Vaike-Kopu_(Puiatu)_vallavalitsus, lk 24
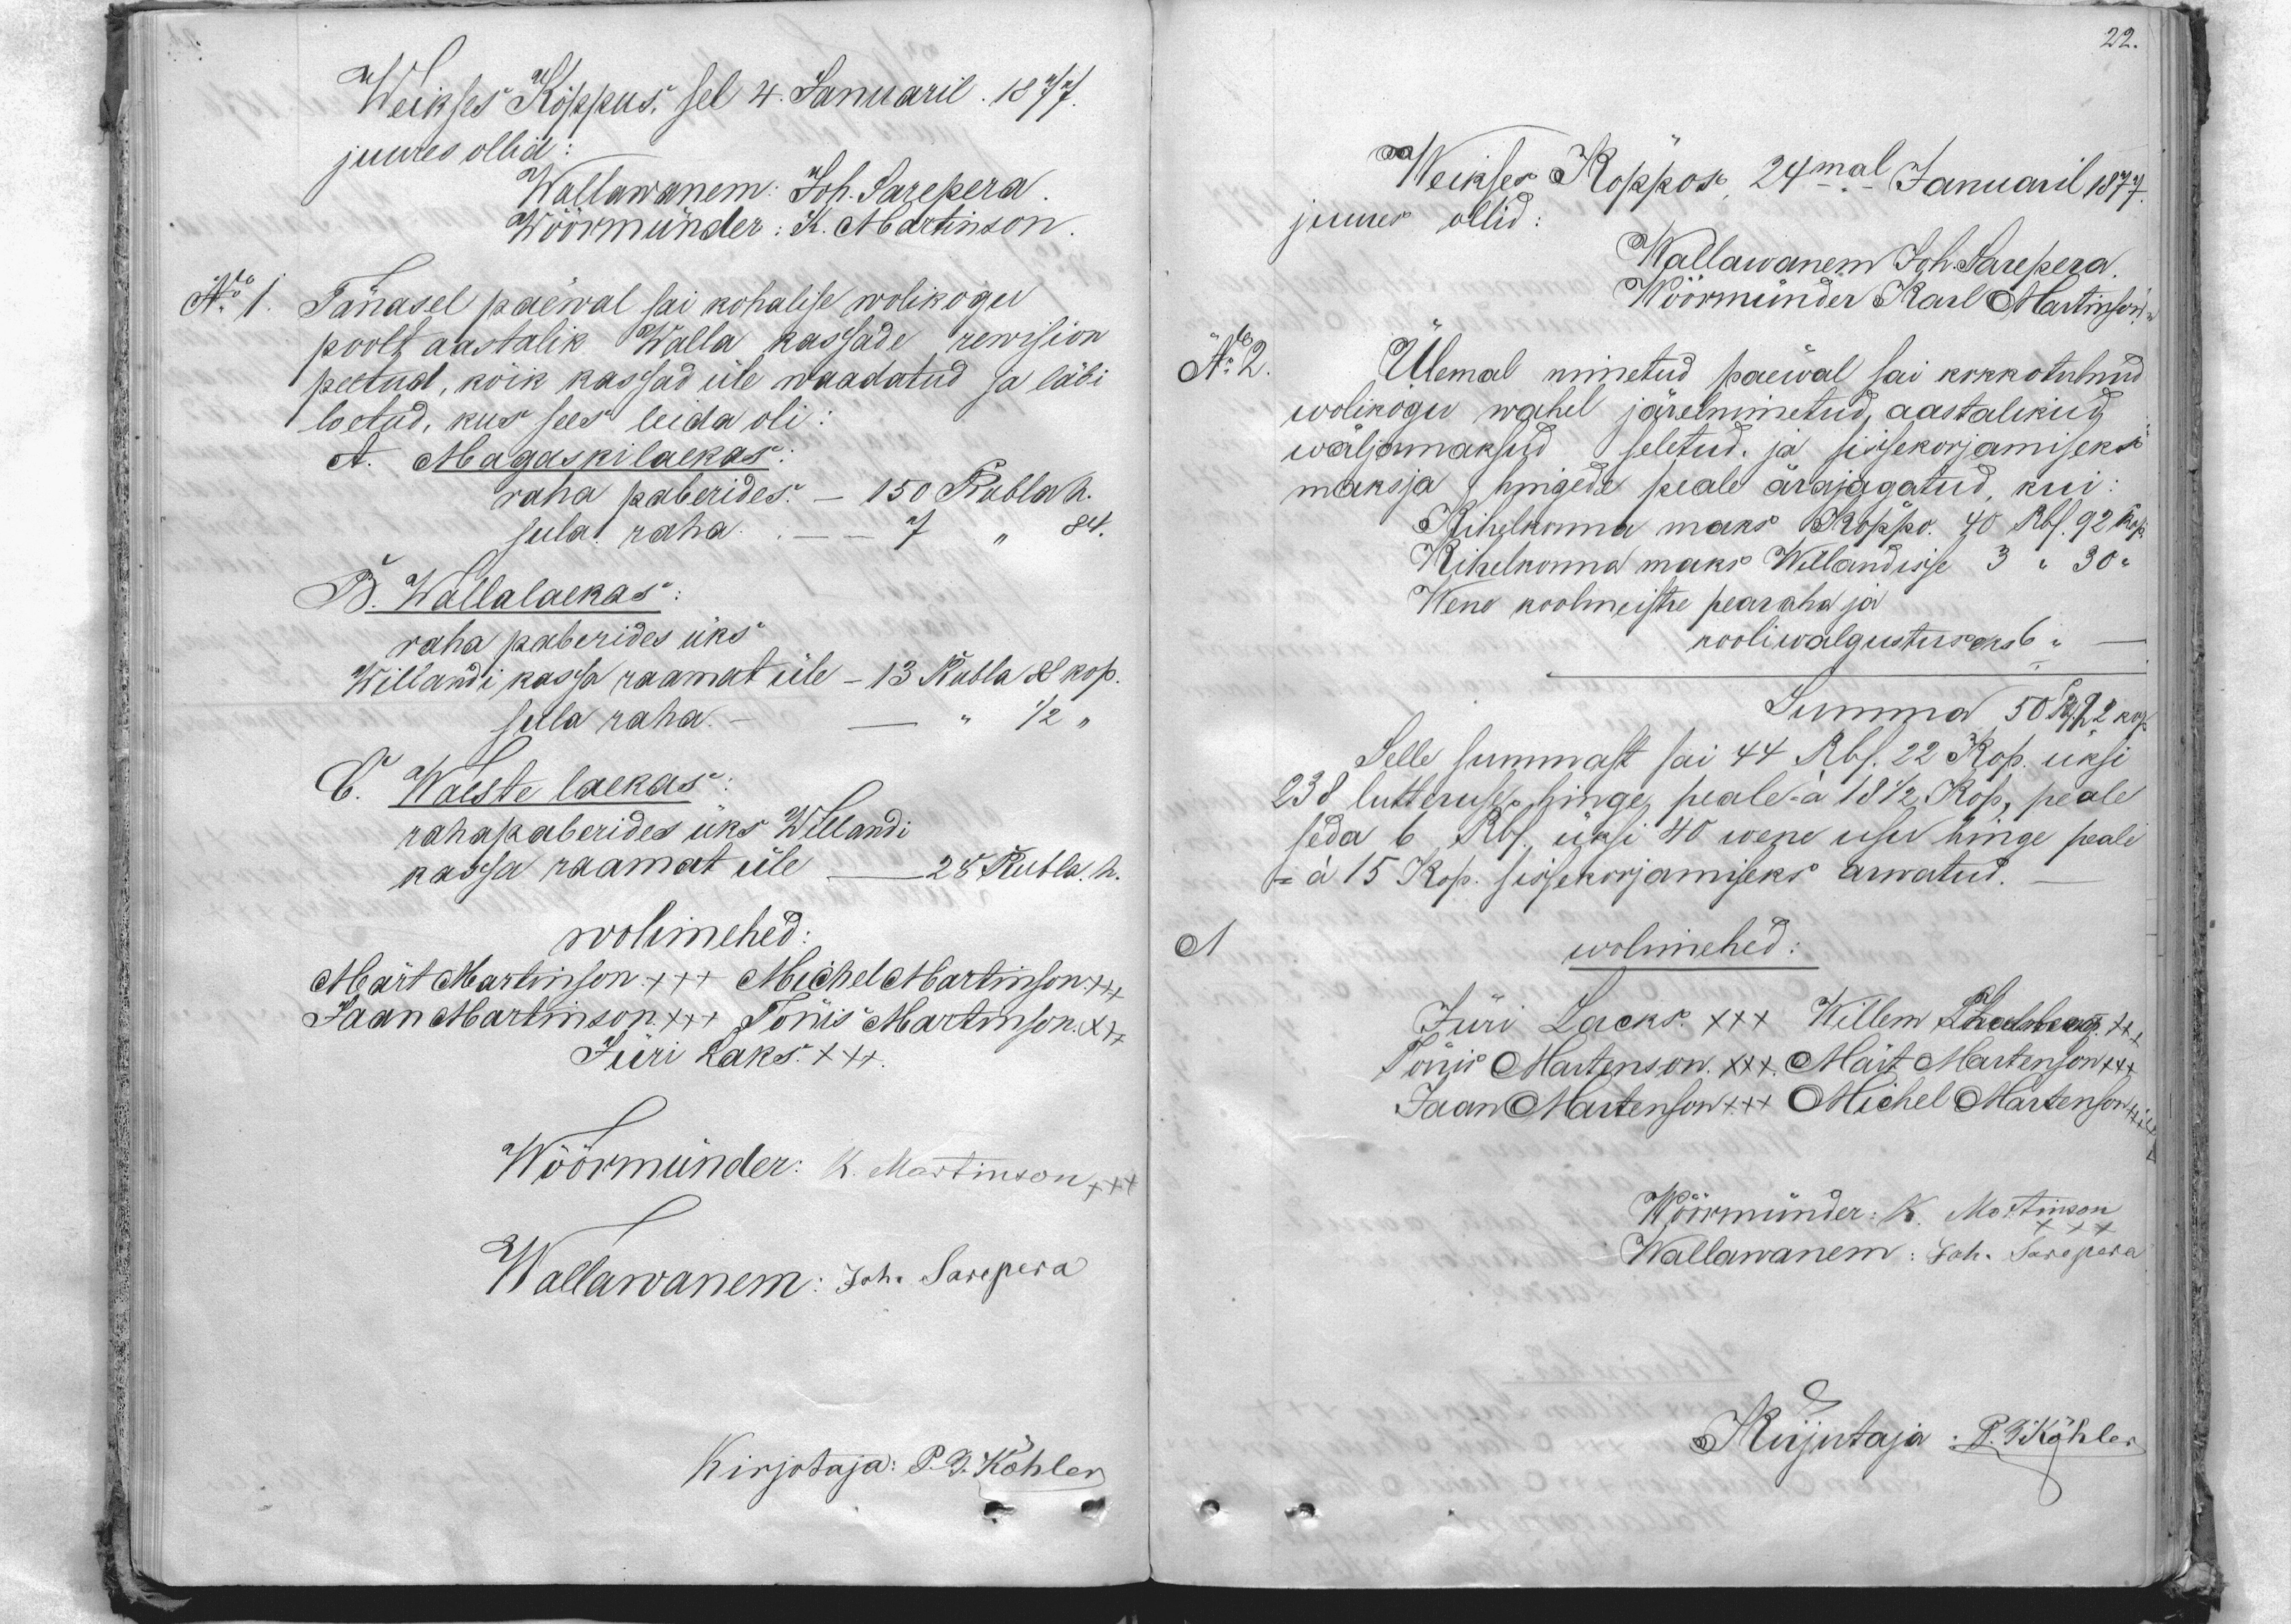
22.

Weikses Köppus, sel 4. Januaril 1877.
juures ollid
Wallawanem: Joh. Sarepera.
Wöörmünder: K. Martinson
No 1
Tänasel päewal sai kohalise wolikogu
poolt aastalik walla kassade rewision
loetud, kus sees leida oli
peetud, kõik kassad üle waadatud ja läbi
A. Magaskilaekas.
raha paberides   150 Rubla h
sula raha 7   "     84
B. Wallalaekas
raha paberides üks
Willandi kassa raamat üle - 13 Rubla 88 kop.
sula raha. 1/2 "
C. Waeste laekas
rahapaberides üks Willandi
kassa raamat üle 25 Rubla. h.
wolimehed
Mart Martinson +++ Michel Martinson +
Jaan Martinson +++ Tönis Martinson xxx
Jüri Laks XXX
Wõõrmünder: K. Martinson xxx
Wallawanem: Joh. Sarepera
Kirjotaja: P. G. Köhler

Weikses Köppos 24mal Januaril 1877.
juures ollid
Wallawanem Joh. Sarepera.
Wöörmünder Karl Martinson
No 2
Ülemal nimetud päewal sai kokkotulnud
wolikogu wahel järelnimetud, aastalikud
wäljamaksud seletud. ja sissekorjamiseks
maksja hingede peale ärajagatud, kui:
Kihelkonna maks Kokko. 40 Rbl. 92 kop.
Kihelkonna maks Willandisse 3 " 30 "
Wene koolmeistre pearaha ja
kooliwalgustuseks 6
Summa 50 Rbl 22 kop.
Selle summast sai 44 Rbl. 22 Kop. üksi
238 luteruse hinge peale = a 18 1/2 kop, peale
seda 6 Rbl, üksi 40 wene usu hinge peale
= a 15 kop. sissekorjamiseks arwatud.
wolimehed:
Jüri Lacks XXX Willem Lihastebmann +++
Tönis Martenson xxx Märt Martenson +++
Jaan Martenson +++ Michel Martenson
Wöörmünder: K. Martinson
Wallawanem: Joh. Sarepera
Kirjutaja P. G. Köhler